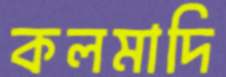
কলমাদি